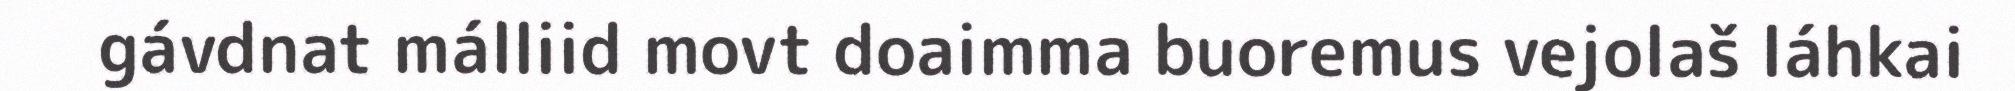
gávdnat málliid movt doaimma buoremus vejolaš láhkai